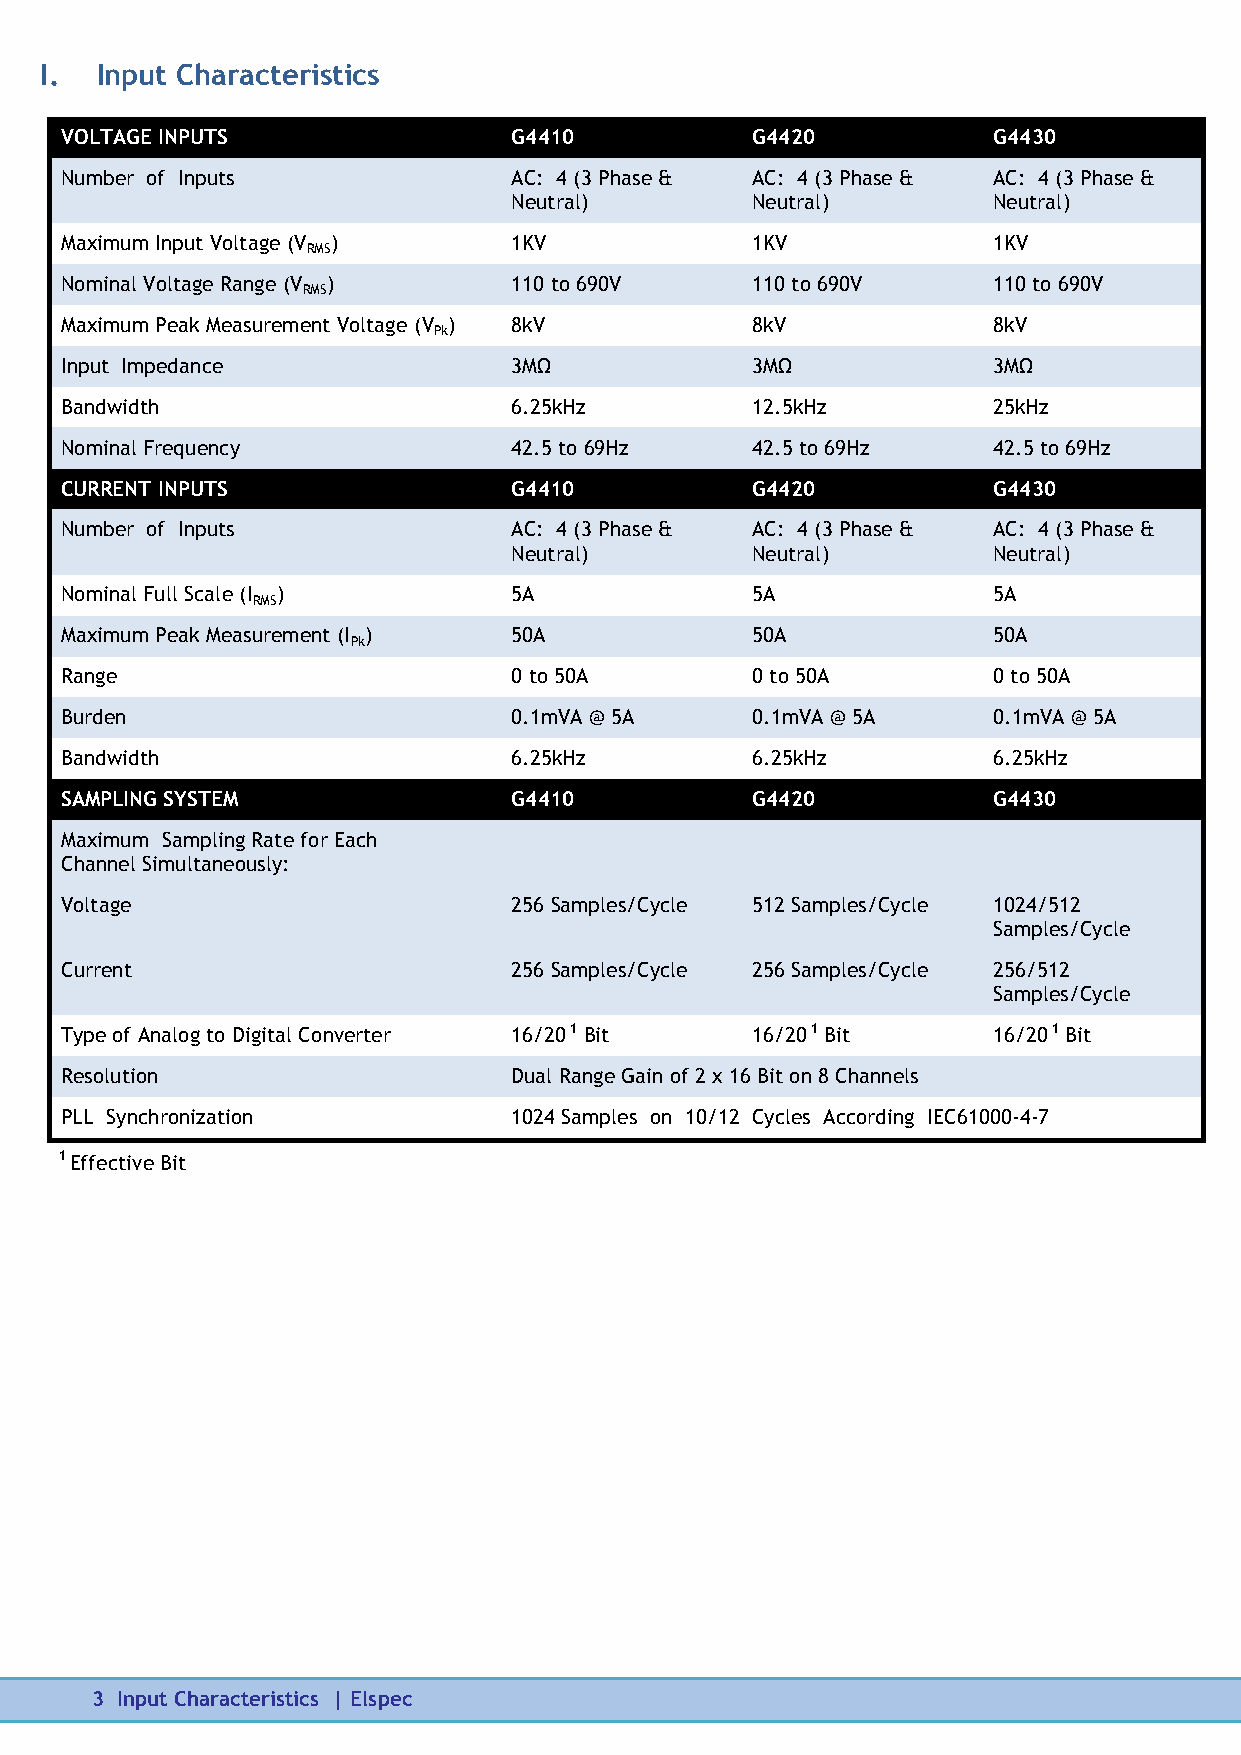
I. Input Characteristics
 VOLTAGE INPUTS                G4410           G4420           G4430
 Number of Inputs              AC: 4 (3 Phase & AC: 4 (3 Phase & AC: 4 (3 Phase &
 Neutral)        Neutral)        Neutral)
 Maximum Input Voltage (V )    1KV             1KV             1KV
 RMS
 Nominal Voltage Range (V )    110 to 690V     110 to 690V     110 to 690V
 RMS
 Maximum Peak Measurement Voltage (V ) 8kV     8kV             8kV
 Pk
 Input Impedance               3MΩ             3MΩ             3MΩ
 Bandwidth                     6.25kHz         12.5kHz         25kHz
 Nominal Frequency             42.5 to 69Hz    42.5 to 69Hz    42.5 to 69Hz
 CURRENT INPUTS                G4410           G4420           G4430
 Number of Inputs              AC: 4 (3 Phase & AC: 4 (3 Phase & AC: 4 (3 Phase &
 Neutral)        Neutral)        Neutral)
 Nominal Full Scale (I )       5A              5A              5A
 RMS
 Maximum Peak Measurement (I ) 50A             50A             50A
 Pk
 Range                         0 to 50A        0 to 50A        0 to 50A
 Burden                        0.1mVA @ 5A     0.1mVA @ 5A     0.1mVA @ 5A
 Bandwidth                     6.25kHz         6.25kHz         6.25kHz
 SAMPLING SYSTEM               G4410           G4420           G4430
 Maximum Sampling Rate for Each
 Channel Simultaneously:
 Voltage                       256 Samples/Cycle 512 Samples/Cycle 1024/512
 Samples/Cycle
 Current                       256 Samples/Cycle 256 Samples/Cycle 256/512
 Samples/Cycle
 Type of Analog to Digital Converter 16/20 1 Bit 16/20 1 Bit   16/20 1 Bit
 Resolution                    Dual Range Gain of 2 x 16 Bit on 8 Channels
 PLL Synchronization           1024 Samples on 10/12 Cycles According IEC61000-4-7
 1 Effective Bit
 3 Input Characteristics | Elspec